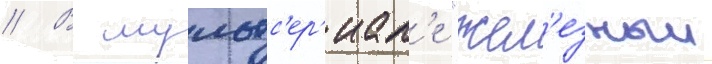
// В мультс'ер'иал'е "жел'езныи